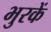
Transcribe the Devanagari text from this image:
भुरकें